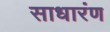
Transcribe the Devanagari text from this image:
साधारंण